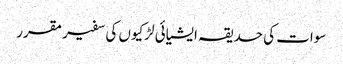
سوات کی حدیقہ ایشیائی لڑکیوں کی سفیر مقرر